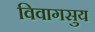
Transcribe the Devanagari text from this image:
विवागसुय